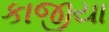
કાજીયા